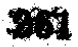
$361$